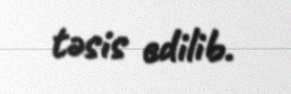
təsis edilib.